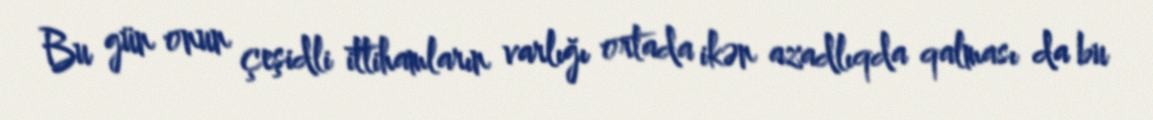
Bu gün onun çeşidli ittihamların varlığı ortada ikən azadlıqda qalması da bu